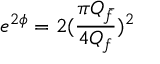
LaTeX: e ^ { 2 \phi } = 2 ( \frac { \pi Q _ { \bar { f } } } { 4 Q _ { f } } ) ^ { 2 }